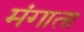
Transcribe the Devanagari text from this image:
मंगाता